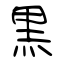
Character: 黒